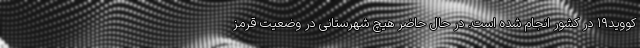
کووید۱۹ در کشور انجام شده است. در حال حاضر هیچ شهرستانی در وضعیت قرمز